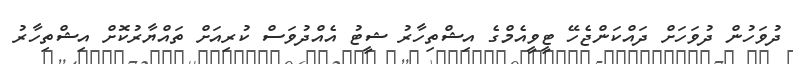
ދުވަހުން ދުވަހަށް ދައްކަންޖެހޭ ޓީވީއެމްގެ އިޝްތިހާރު ޝީޓު އެއްދުވަސް ކުރިއަށް ތައްޔާރުކޮށް އިޝްތިހާރު